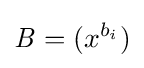
{\mathit {B}}=(x^{b_{i}})